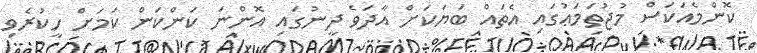
ކޮންމެއަކަސް މުޖުތަމަޢުގައި އެތައް ބަޔަކަށް އާދަވެ ދީނުގައި އޮންނަ ކަންކަން ކަމަށް ހީކުރެވި